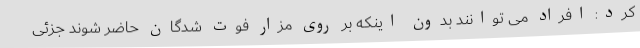
کرد: افراد می توانند بدون اینکه بر روی مزار فوت شدگان حاضر شوند جزئی